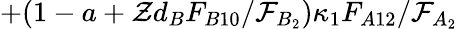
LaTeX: +(1-a+\mathcal{Z}d_{B}F_{B10}/\mathcal{F}_{B_{2}})\kappa_{1}F_{A12}/\mathcal{F}_{A_{2}}